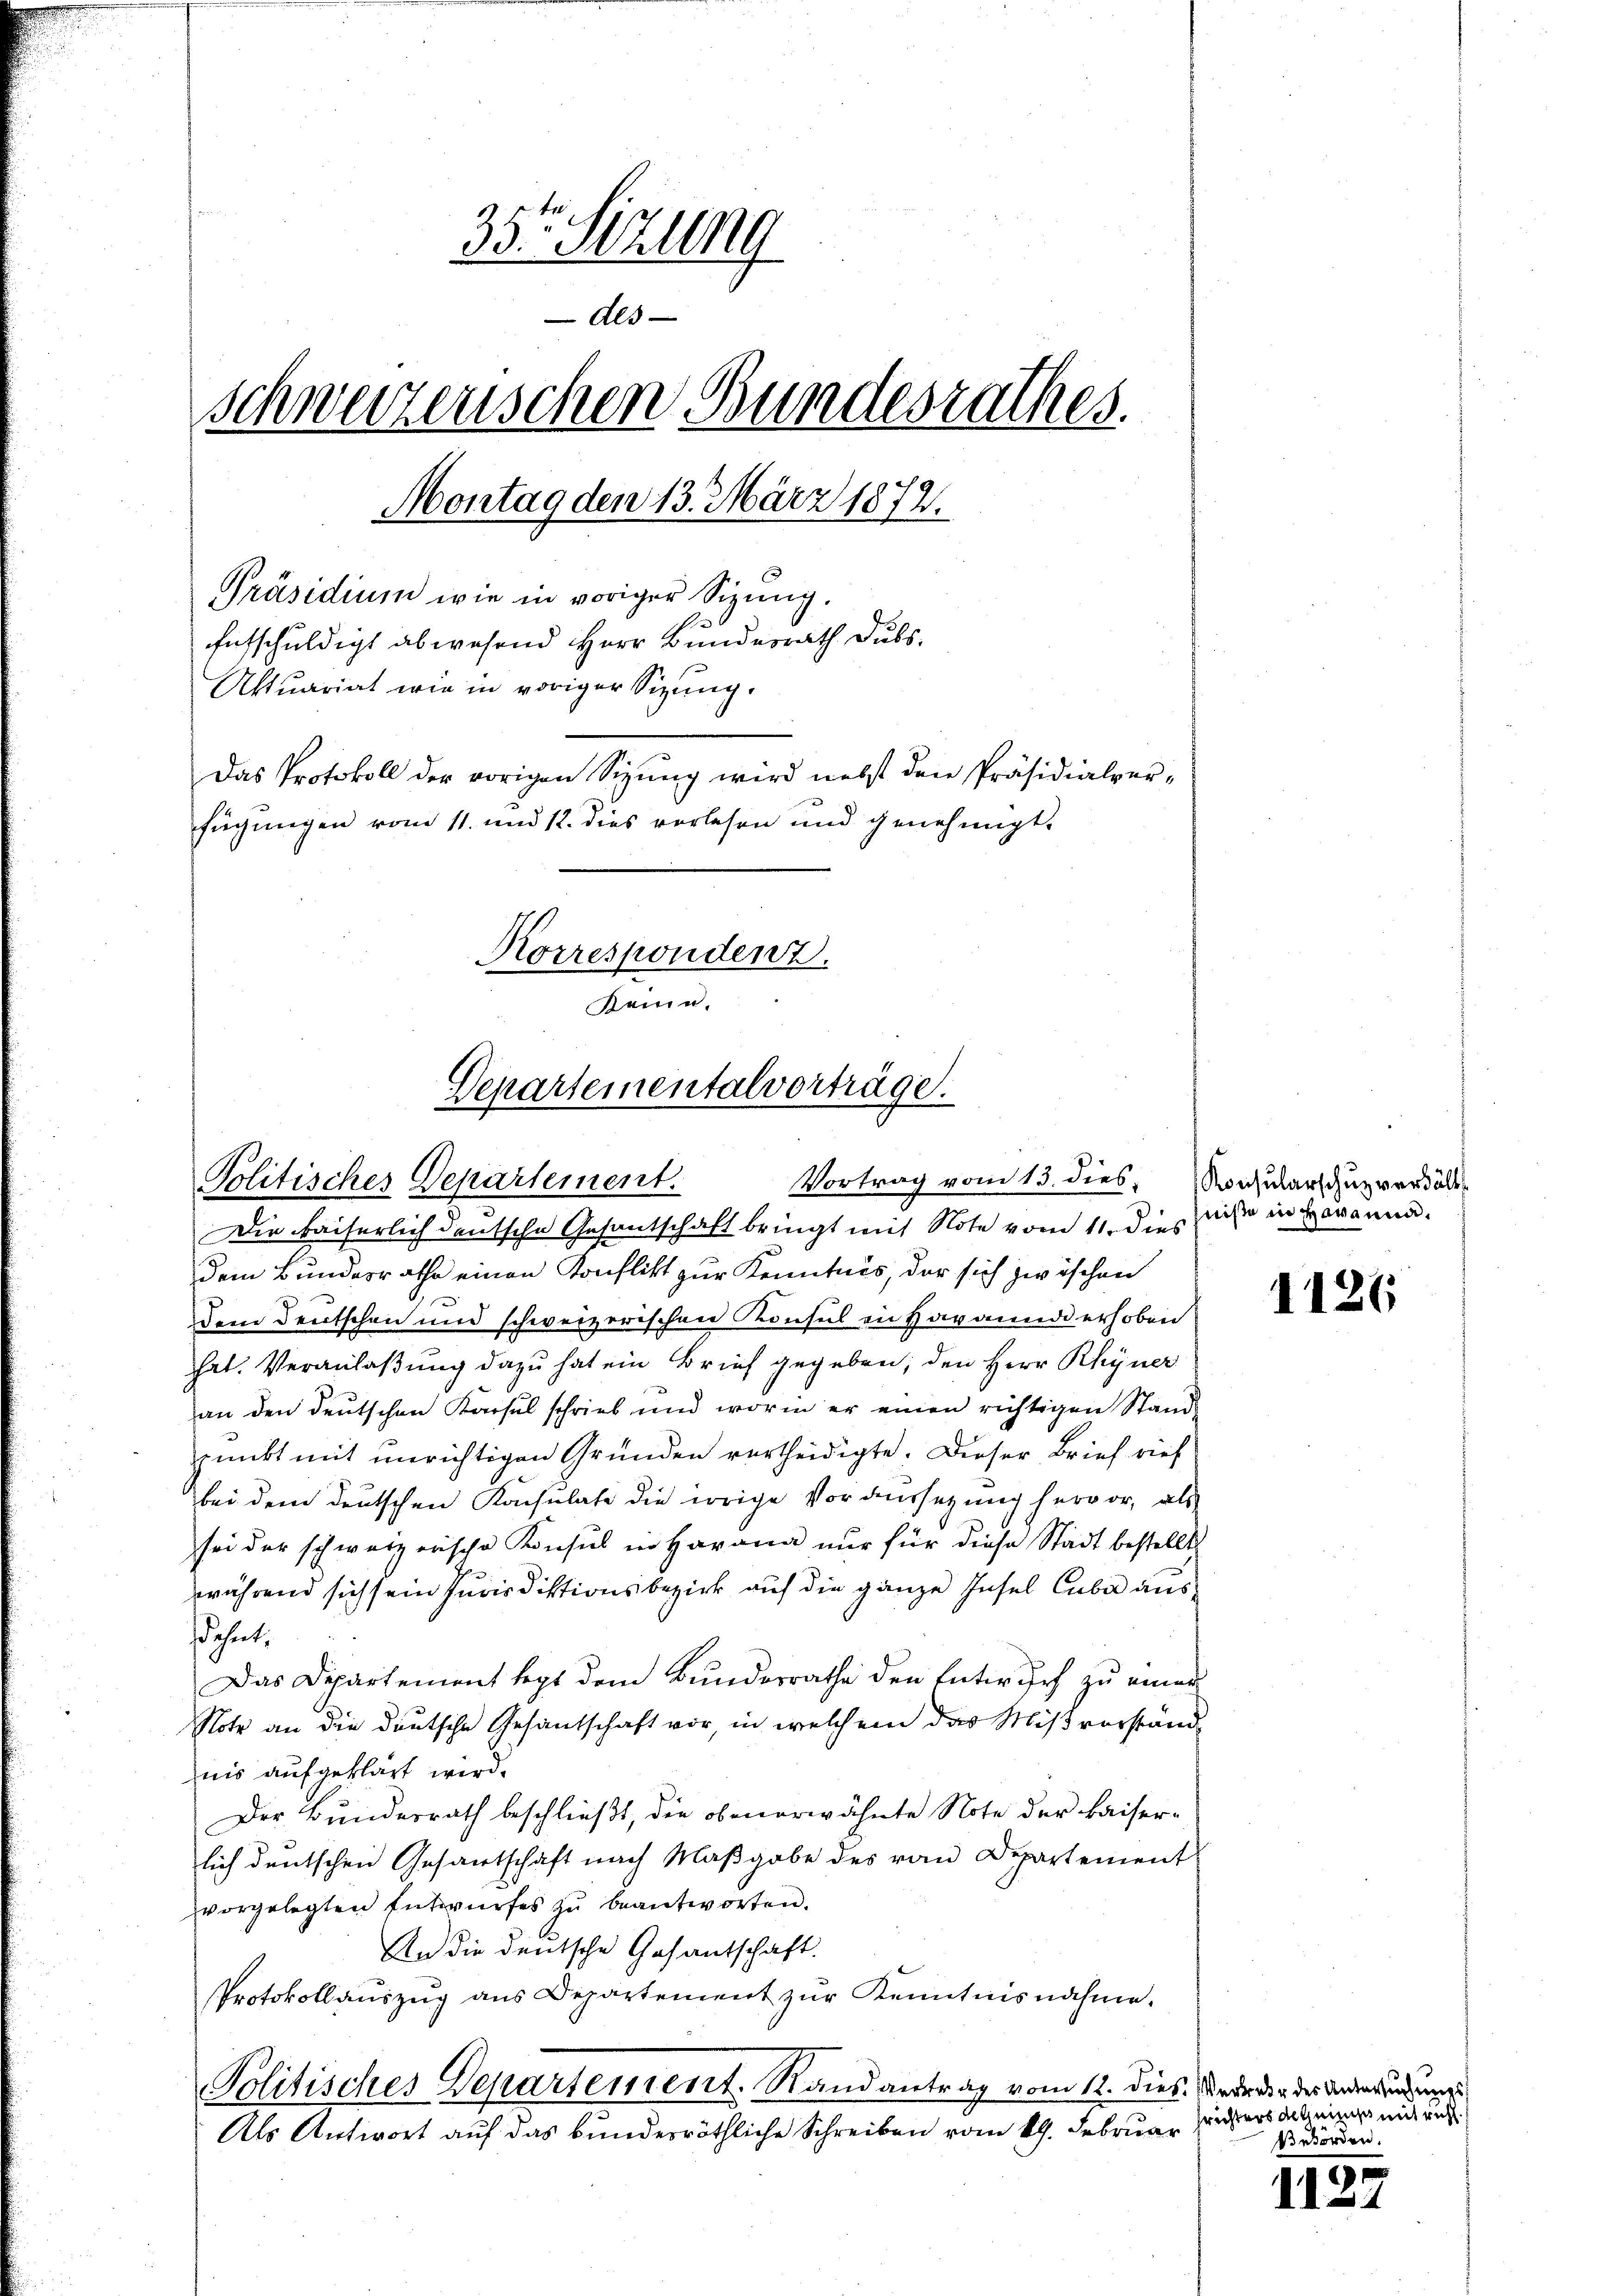
35te Sitzung
Als
schweizerischen Bundesrathes.
Montag den 13. März 1872.
Präsidium wie in voriger Sizung.
Entschuldigt abwesend Herr Bundesrath Dubs,
Aktuariat wie in voriger Sizung.
Das Protokoll der vorigen Sizung wird nebst den Präsidialverfügungen vom 11. und 12. dies vorlesen und genehmigt.
Korresponden 7.
Reine.

Departementalvorträge.
Politisches Departement.

Die kaiserlich deutsche Gesantschaft bringt mit Note vom 11. dieses in Heranna
dem Bundesrathe einen Konflikt zur Kenntnis, der sich zwischen
dem Deutschen und schweizerischen Konsul in Havannd erhoben
hat. Veranlaßung dazu hat ein Brief gegeben, den Herr Rhyner
an den deutschen Konsul schrieb und worin er einen richtigen Stand-
punkt mit unrichtigen Gründen vertheidigte. Dieser Brief rief
bei dem deŭtschen Konsulate die vorige Voraussetzŭng hervor, als
sei der schweizerische Konsul in Havana nur für diese Stadt bestellt.
während sich sein Jurisdiktionsbezirk auf die ganze Insel Cuba ausschnet,
Das Departement legt dem Bunderrathe den Entwurf zu einer
Note an die deutsche Gesantschaft vor, in welchem das Mißverständnis aufgeklärt wird.
Der Bundesrath beschließt, die obenerwähnte Note der kaiserlich deutschen Gesantschaft nach Maßgabe des von Departement
vorgelegten Entwurfes zu beantworten.
An die deutsche Gesantschaft.
Protokollauszug aus Departement zur Kenntnisnahme.
Politisches Departement. Randantrag vom 12. dies. Wederer des Andersende
Als Antwort auf das bundesröthliche Schreiben vom 19. Februar

Vortrag vom 13. dies, Konsularschuzverhält

1126

richters Altheß mit richt.
Beforden.

11.